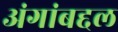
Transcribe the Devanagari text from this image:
अंगांबद्दल